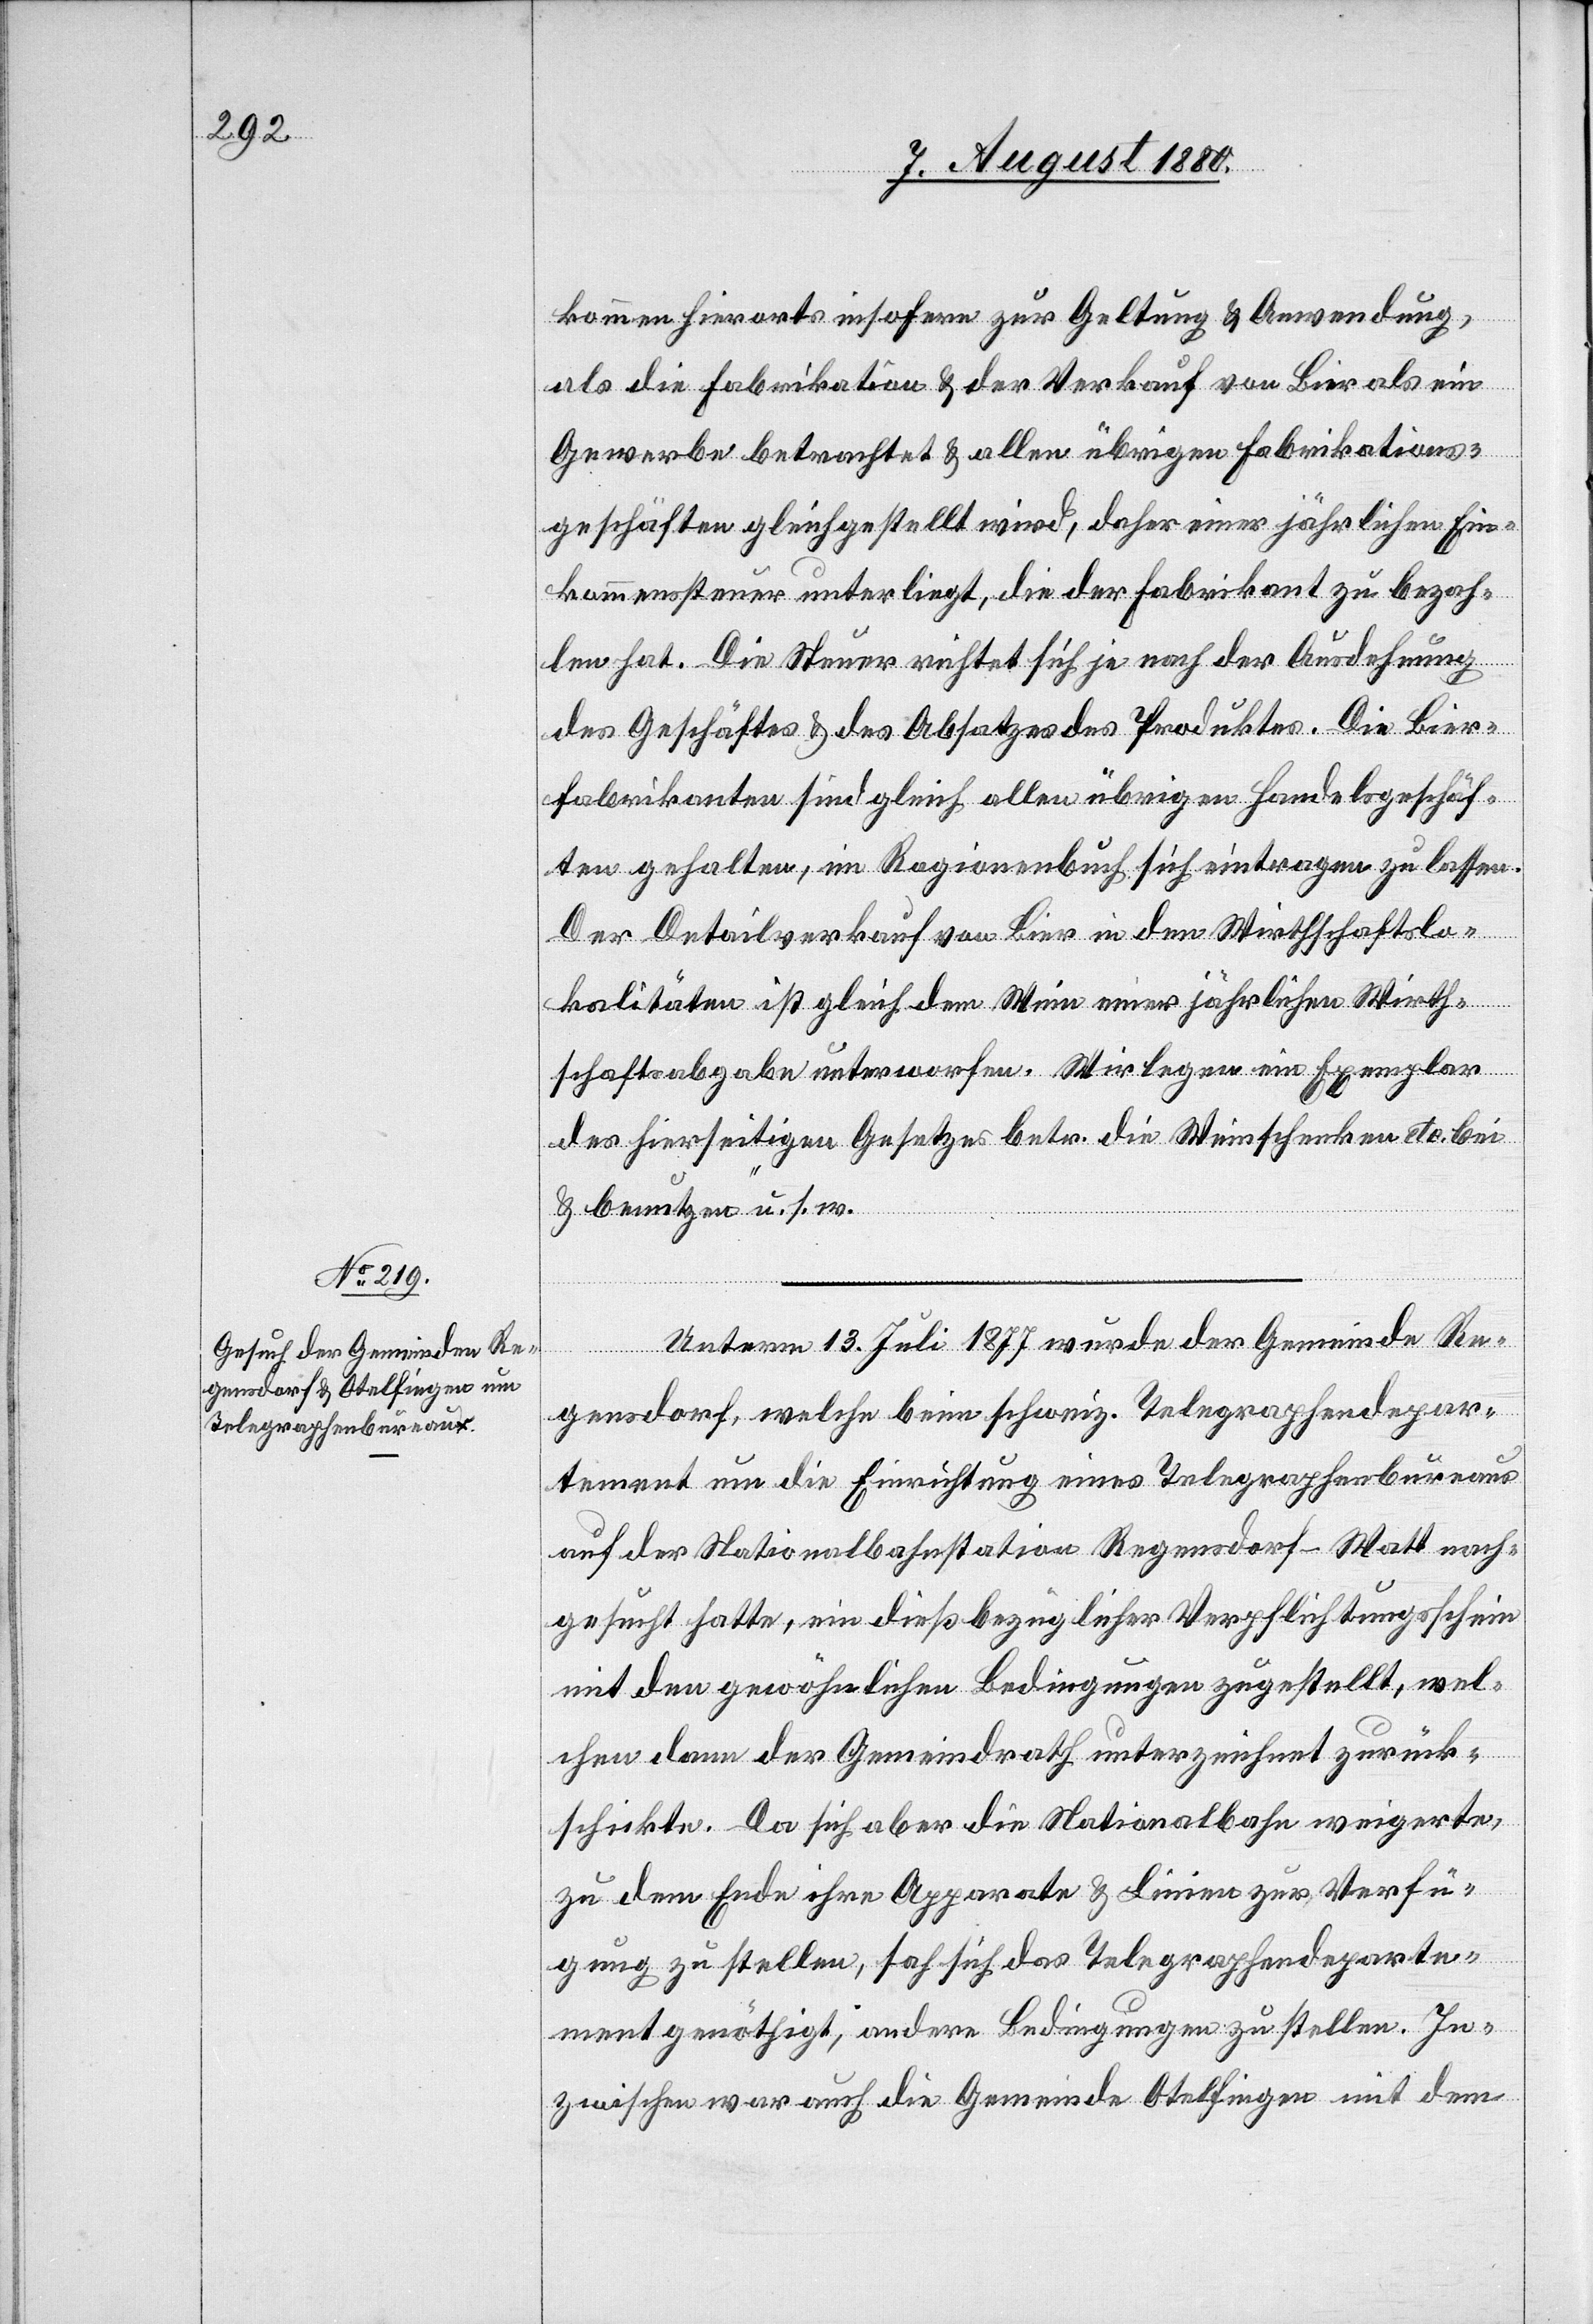
kommen hierorts insofern zur Geltung & Anwendung,
als die Fabrikation & der Verkauf von Bier als im
Gewerbe betrachtet & allen übrigen Fabrikations¬
geschäften gleichgestellt wird, daher einer jährlichen Ein¬
kommenssteuer unterliegt, die der Fabrikant zu bezah¬
len hat. Die Steuer richtet sich ja nach der Ausdehnung
des Geschäftes & des Absatzes des Produktes. Die Bier¬
fabrikanten sind gleich allen übrigen Handelsgeschäf¬
ten gehalten, im Ragionenbuch sich eintragen zu lassen.
Der Detailverkauf von Bier in den Wirthschaftslo¬
kalitäten ist gleich dem Wein einer jährlichen Wirth¬
schaftsabgabe unterworfen. Wir legen ein Exemplar
des hierseitigen Gesetzes betr. die Weinschenken etc. bei
& benutzen“ u. s. w.
Unterm 13. Juli 1877 wurde der Gemeinde Re¬
gensdorf, welche beim schweiz. Telegraphendepar¬
tement um die Einrichtung eines Telegraphenbureaus
auf der Nationalbahnstation Regensdorf-Watt nach¬
gesucht hatte, ein dießbezüglicher Verpflichtungsschein
mit den gewöhnlichen Bedingungen zugestellt, wel¬
chen dann der Gemeindrath unterzeichnet zurück¬
schichte. Da sich aber die Nationalbahn weigerte,
zu dem Ende ihre Apparate & Linien zu Verfü¬
gung zu stellen, sah sich das Telegraphendeparte¬
ment genöthigt, andere Bedingungen zu stellen. In¬
zwischen war auch die Gemeinde Otelfingen mit dem